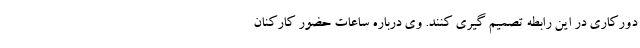
دورکاری در این رابطه تصمیم گیری کنند. وی درباره ساعات حضور کارکنان